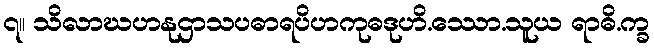
၇။ သိလာဃဟနုဌာသပဓာရပိဟကုဓဒုဟိ.ဿော.သူယ ရာဓိ.က္ခ